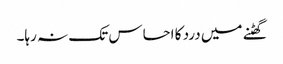
گھٹنے میں درد کا احساس تک نہ رہا۔